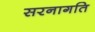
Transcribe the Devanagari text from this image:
सरनागति